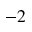
^ { - 2 }